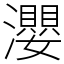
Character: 瀴